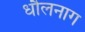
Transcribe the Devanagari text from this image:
धौलनाग